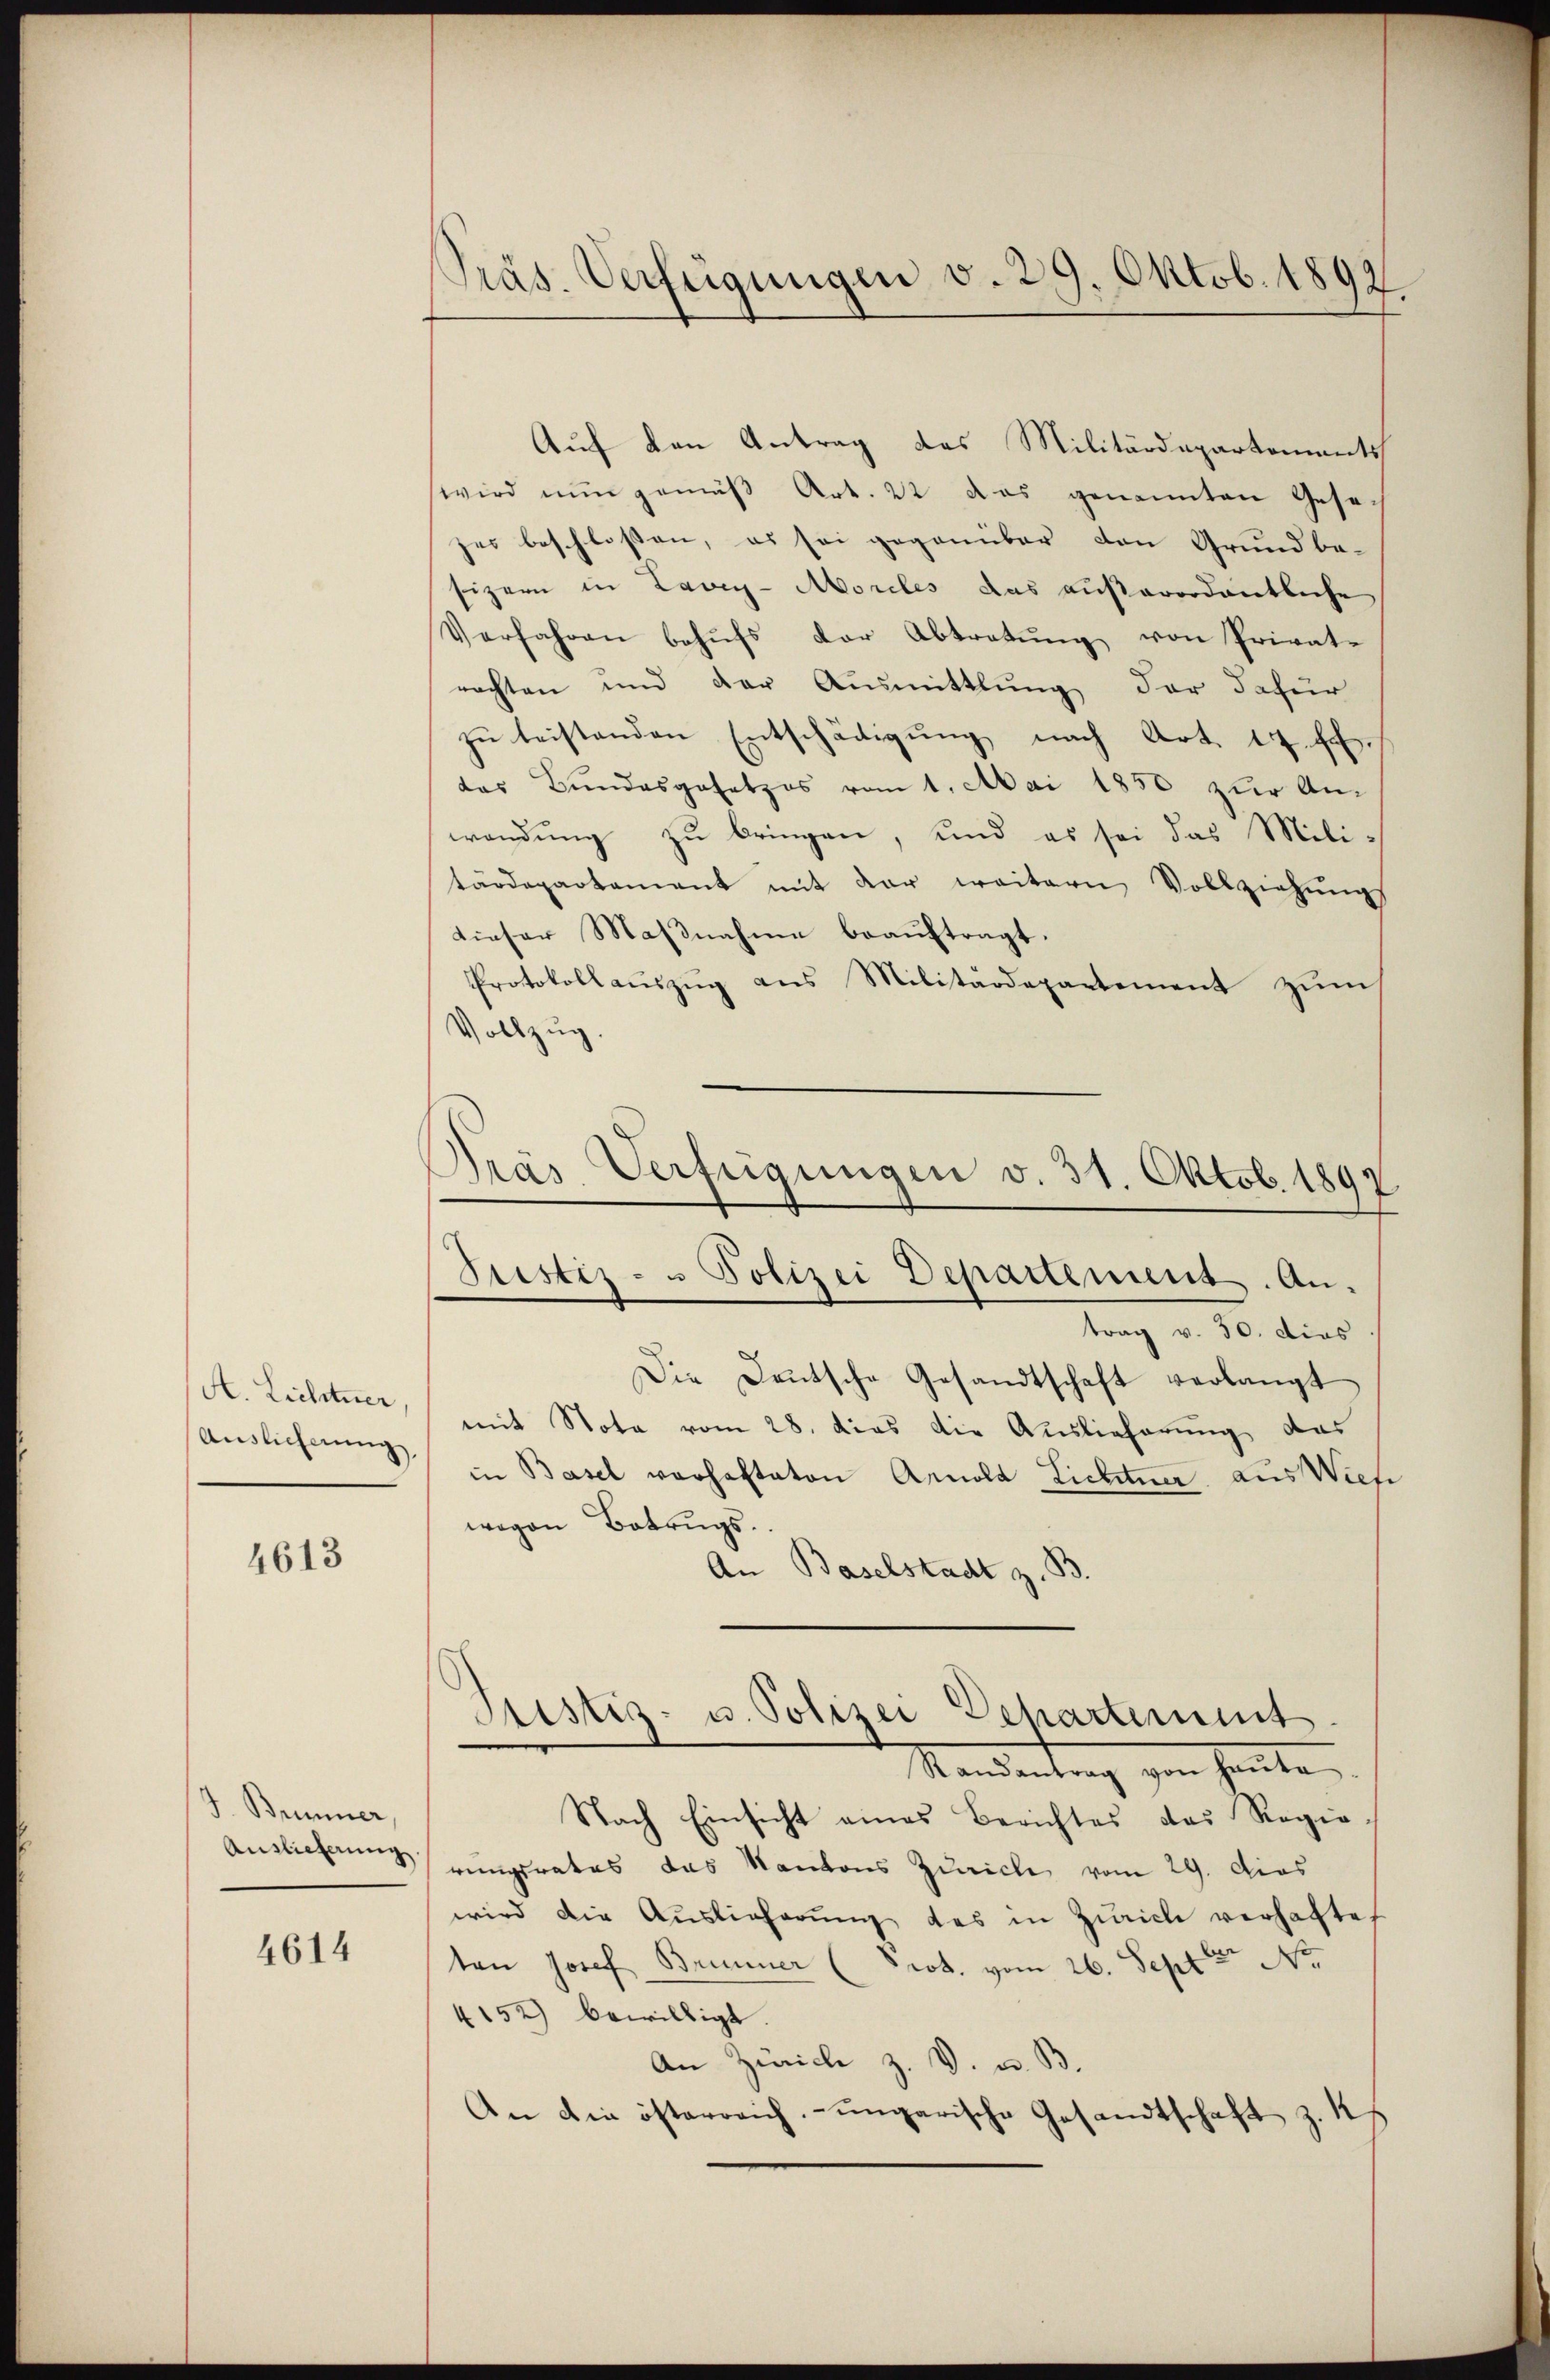
A. Lichtner,
Auslieferung

4613

J. Brunner,
Auslieferung

4614

Präs. Verfügungen v. 29. Oktob. 1892.

Auf den Antrag des Militärdepartements
wird nun gemäß Art. 22 das genannten Gese
zer beschloßen, es sei gegenüber den Grundbe-
sizern in Lavey-Moreles das außerordentliche
Verfahren behufs der Abtretung von Privatrachten und der Ausmittlung der dafür
zŭ leistenden Entschädigung nach Art. 17. f.
das Bundesgesetzes vom 1. Mai 1850 zur Anwendung zu bringen, und es sei das Mili-
tärdepartament mit dar weitern Vollziehŭngs
dieser Maßnahme beauftragt.
Protokollaŭszŭg ans Militärdepartement zŭm
Vollzug.
Gras Verfügungen v. 31. Oktob. 1897

Justiz- u Polizei Departement. An-

trag v. 30. dies
Die Deutsche Gesandtschaft verlangt
mit Nota vom 28. dies die Auslieferung das
in Basel vorhaltaten Arnold Lichtner aus Wiese
wegen Betrugs¬
An Baselstadt z. B.
Mandentrag zur heute,
Nach Einsicht eines Berichtes das Regie-
rungsrates das Kantons Zürich vom 29. Das
wird die Auslieferŭng des in Zürich verhaftet
ten Josef Brunner (Prot. vom 26. Sept No.
4152) bewilligt.
An Zürich z. V. u. B.
An die österreich ungarische Gesandtschaft z. 15

Justiz- u. Polizei Departement.